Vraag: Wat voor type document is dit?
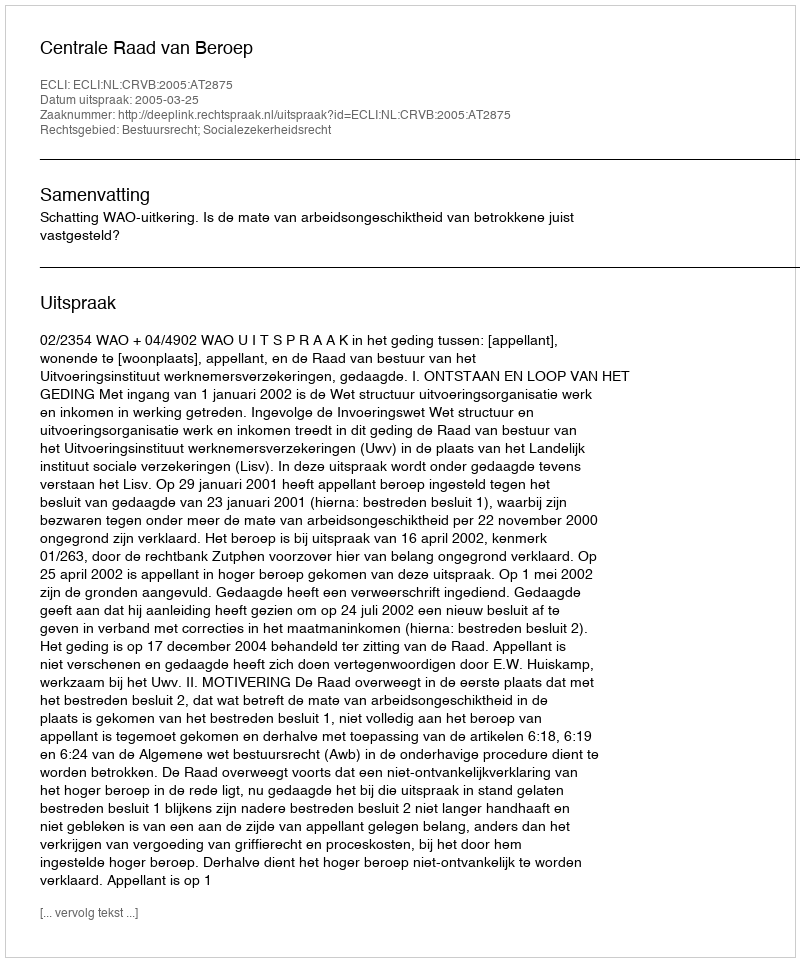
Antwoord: Uitspraak